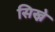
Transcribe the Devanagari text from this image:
सिख्ने